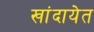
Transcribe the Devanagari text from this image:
खांदायेत